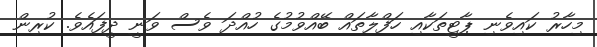
މިހާރު ކައިވެނި ޕާޓީތަކާއި ހަފްލާތައް ބޭއްވުމުގެ ހުއްދަ ވެސް ވަނީ ދީފައެވެ. ކުރިން